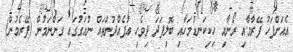
އެއަށްފަހު ފޭރާމާއި ރޯނާއި ހިކިކަނޑުމަހާއި ބޮލިފަދަ ދިވެހި އުފެއްދުންތައް ނުއަގުގައި ގަންނަމުން (ފޭރެމުން)